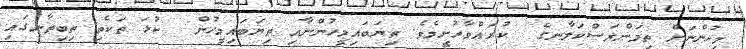
މީހުންނަށް ތިމަންރަސްކަލާނގެ  ކުރައްވާހުށީމެވެ. ތިޔަބައިމީހުންނާއި ތިޔަބައިމީހުން  ކުޅަ ތަކެތި ތިބިތާނގައި